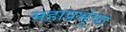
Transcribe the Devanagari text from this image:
महाप्रभूंचा